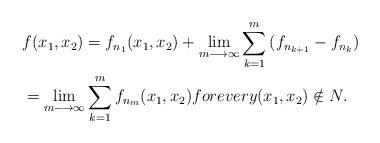
LaTeX: \begin{align*}&f(x_1,x_2)=f_{n_{1}}(x_1,x_2)+\lim_{m\longrightarrow\infty}{\sum_{k=1}^{m}{(f_{n_{k+1}}-f_{n_{k}})}}\\&=\lim_{m\longrightarrow\infty}{\sum_{k=1}^{m}{f_{n_{m}}(x_1,x_2)}} for every (x_1,x_2)\notin N.\end{align*}